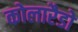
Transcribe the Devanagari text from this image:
कोलारैडो